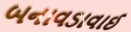
બનાવડાવાઈ